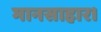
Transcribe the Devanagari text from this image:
मानसाहार।